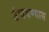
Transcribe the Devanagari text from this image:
उंचवण्यास